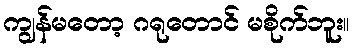
ကျွန်မတော့ ဂရုတောင် မစိုက်ဘူး။